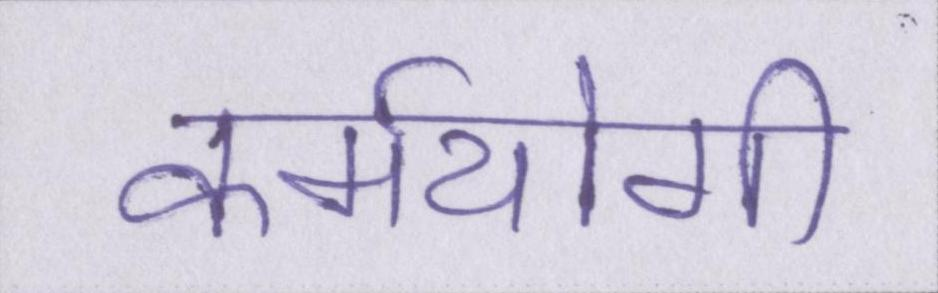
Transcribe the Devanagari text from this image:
कर्मयोगी